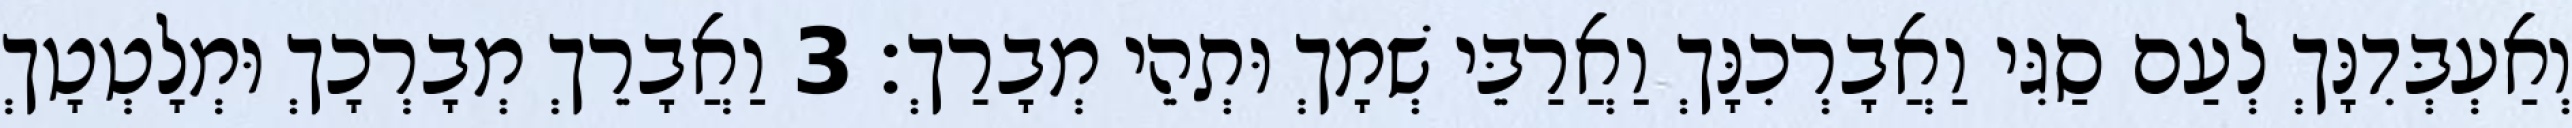
וְאַעְבְּדִנָּךְ לְעַם סַגִּי וַאֲבָרְכִנָּךְ וַאֲרַבֵּי שְׁמָךְ וּתְהֵי מְבָרַךְ׃ 3 וַאֲבָרֵךְ מְבָרְכָךְ וּמְלָטְטָךְ